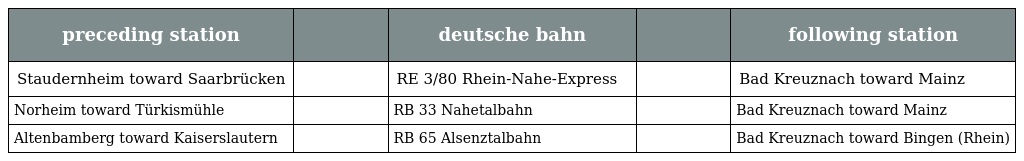
| preceding station |  | deutsche bahn |  | following station |
 | --- | --- | --- | --- | --- |
 | Staudernheim toward Saarbrücken |  | RE 3/80 Rhein-Nahe-Express |  | Bad Kreuznach toward Mainz |
 | Norheim toward Türkismühle |  | RB 33 Nahetalbahn |  | Bad Kreuznach toward Mainz |
 | Altenbamberg toward Kaiserslautern |  | RB 65 Alsenztalbahn |  | Bad Kreuznach toward Bingen (Rhein) |